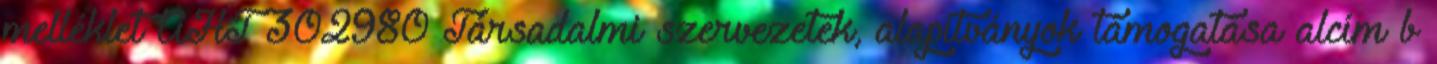
melléklet ÁHT 302980 Társadalmi szervezetek, alapítványok támogatása alcím b